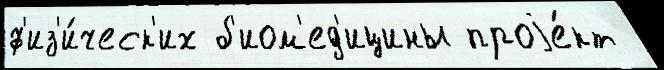
ф'из'и́ческ'их б'иом'ед'ицины проjе́кт